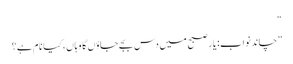
“
”چاند نواب: یار صبح میں دس بجے جاؤں گا وہاں، کیا نام ہے؟